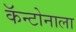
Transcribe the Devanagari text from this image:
कॅन्टोनाला